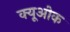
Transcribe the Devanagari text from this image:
क्यूओक